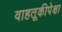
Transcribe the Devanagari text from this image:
वाहतूकीपेक्षा